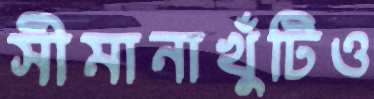
সীমানাখুঁটিও